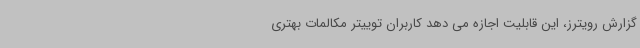
گزارش رویترز، این قابلیت اجازه می دهد کاربران توییتر مکالمات بهتری